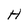
Character: H